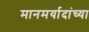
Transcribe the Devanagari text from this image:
मानमर्यादांच्या